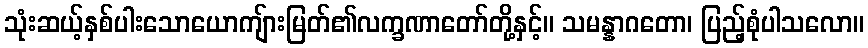
သုံးဆယ့်နှစ်ပါးသောယောကျ်ားမြတ်၏လက္ခဏာတော်တို့နှင့်။ သမန္နာဂတော၊ ပြည့်စုံပါသလော။